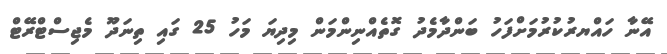
އޭނާ ހައްޔރުކުރުމަށްފަހު ބަންދާމެދު ގޮތެއްނިންމަން މިދިޔަ މަހު 25 ގައި ތިނަދޫ މެޖިސްޓްރޭޓް